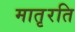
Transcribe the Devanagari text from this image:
मातृरति